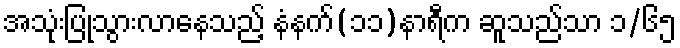
အသုံးပြုသွားလာနေသည့် နံနက်(၁၁)နာရီက ဆူသည်သာ ၁/၆၅